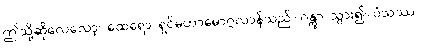
ဤသို့ဆိုလေလော့။ ထေရော၊ ရှင်မဟာမောဂ္ဂလာန်သည်။ ဂန္တွာ၊ သွား၍။ ဝံသဿ၊